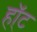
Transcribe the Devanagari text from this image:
हॉ्ट